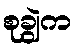
စုချွဲက